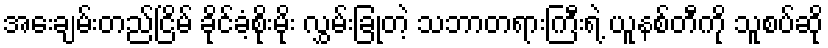
အေးချမ်းတည်ငြိမ် ခိုင်ခံ့စိုးမိုး လွှမ်းခြုံတဲ့ သဘာတရားကြီးရဲ့ ယူနစ်တီကို သူစပ်ဆို